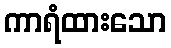
ကာရံထားသော